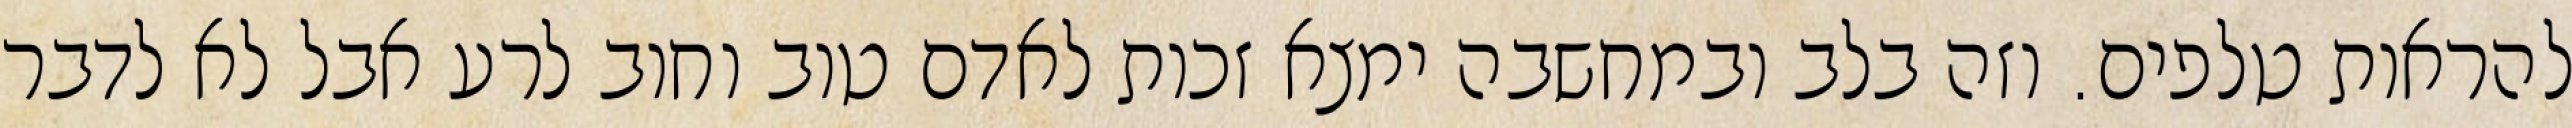
להראות טלפים. וזה בלב ובמחשבה ימצא זכות לאדם טוב וחוב לרע אבל לא לדבר